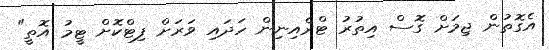
އެގޮތުން ޖިމަށް ގޮސް އިތުރު ޓްރެއިނިން ހަދައި ވަރަށް ފިޓްކޮށް ޓީމު އޮތީ"